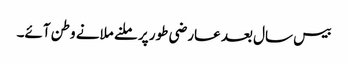
بیس سال بعد عارضی طور پر ملنے ملانے وطن آئے۔